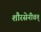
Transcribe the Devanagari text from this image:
शौरसेनीवत्